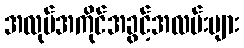
အလုပ်အကိုင်အခွင့်အလမ်းများ